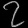
Digit: ၇